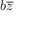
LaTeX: b { \overline { { z } } }